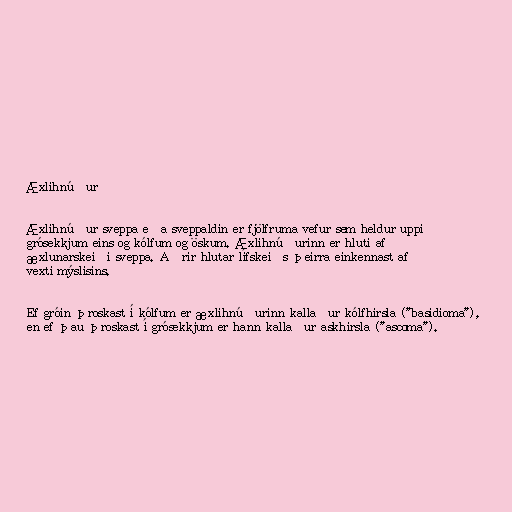
Æxlihnúður

Æxlihnúður sveppa eða sveppaldin er fjölfruma vefur sem heldur uppi
grósekkjum eins og kólfum og öskum. Æxlihnúðurinn er hluti af
æxlunarskeiði sveppa. Aðrir hlutar lífskeiðs þeirra einkennast af
vexti mýslisins.

Ef gróin þroskast í kólfum er æxlihnúðurinn kallaður kólfhirsla ("basidioma"),
en ef þau þroskast í grósekkjum er hann kallaður askhirsla ("ascoma").